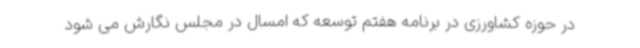
در حوزه کشاورزی در برنامه هفتم توسعه که امسال در مجلس نگارش می شود